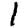
Digit: 1